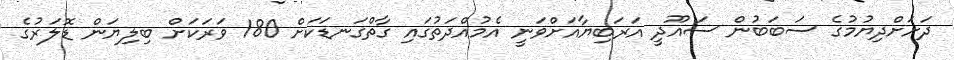
ދަށަށްދިޔުމުގެ ސަބަބުން ސައޫދީ އަރަބިޔާއަށްވަނީ އެމުއްދަތުގައި ގާތްގަނޑަކަށް 180 ވަރަކަށް ބިލިޔަން ޑޮލަރުގެ